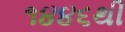
૧૪૪૬થી